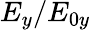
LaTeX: E_{y}/E_{0y}